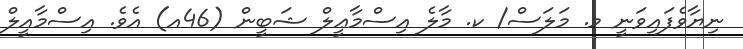
ނިޔާވެފައިވަނީ މ. މަލަސް/ ކ. މާލެ އިސްމާޢީލް ޝަބީން (46އ) އެވެ. އިސްމާއީލް